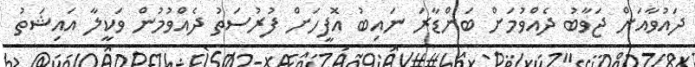
ދައުވާއަށް ޖަވާބު ދެއްވުމަށް ބަންޑާރަ ނައިބު އޮފީހަށް ފުރުސަތު ދެއްވުމުން ވަކީލާ އައިޝަތު